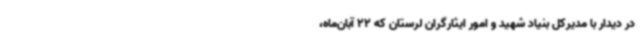
در دیدار با مدیرکل بنیاد شهید و امور ایثارگران لرستان که 22 آبان‌ماه،